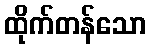
ထိုက်တန်သော